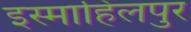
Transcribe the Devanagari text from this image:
इस्माहिलपुर